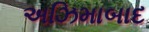
અઝિમાબાદ